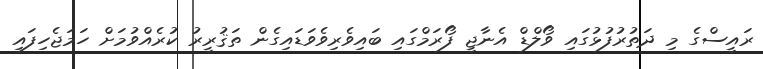
ރައީސްގެ މި ދަތުރުފުޅުގައި ވޯލްޑް އެނާޖީ ފޯރަމްގައި ބައިވެރިވެވަޑައިގެން ތަޤުރީރު ކުރެއްވުމަށް ހަމަޖެހިފައި